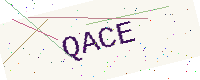
Text: QACE